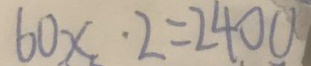
6 0 x \cdot 2 = 2 4 0 0